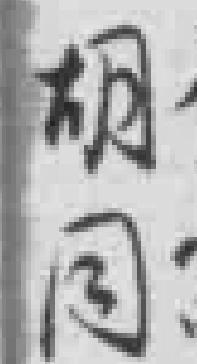
胡同